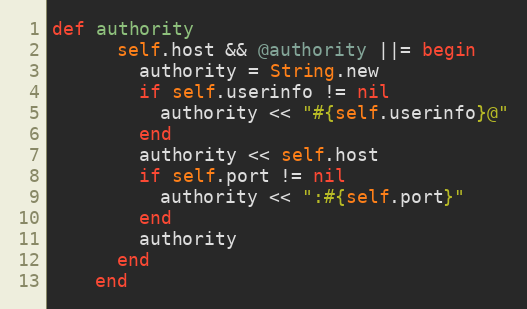
Language: Ruby
def authority
      self.host && @authority ||= begin
        authority = String.new
        if self.userinfo != nil
          authority << "#{self.userinfo}@"
        end
        authority << self.host
        if self.port != nil
          authority << ":#{self.port}"
        end
        authority
      end
    end